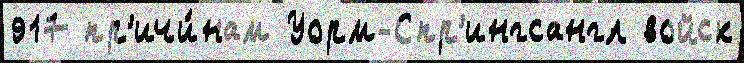
917 пр'ичи́нам Уорм-Спр'ингсангл войск